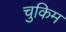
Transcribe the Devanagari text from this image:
चुकिम